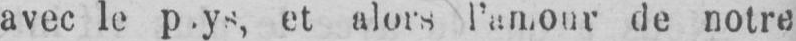
l’amour de notre